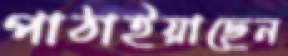
পাঠাইয়াছেন